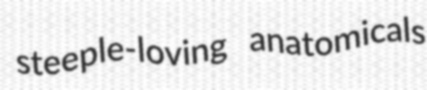
steeple-loving anatomicals